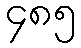
၄၈၅